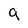
Character: 9